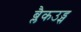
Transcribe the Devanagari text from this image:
ब्लैकउड्स